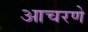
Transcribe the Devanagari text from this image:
आचरणे